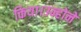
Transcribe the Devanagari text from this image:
किया।उन्होने